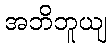
အဘိဘူယျ